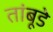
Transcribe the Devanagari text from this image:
तांबूडे